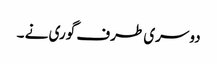
دوسری طرف گوری نے ۔